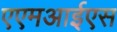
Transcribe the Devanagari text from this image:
एएमआईएस